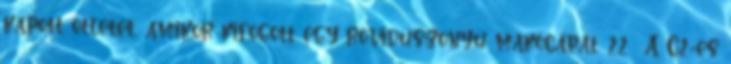
kapott ötletet, amikor kifogott egy röviduszonyú makócápát. 22 A C2-es